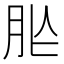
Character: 𦙐